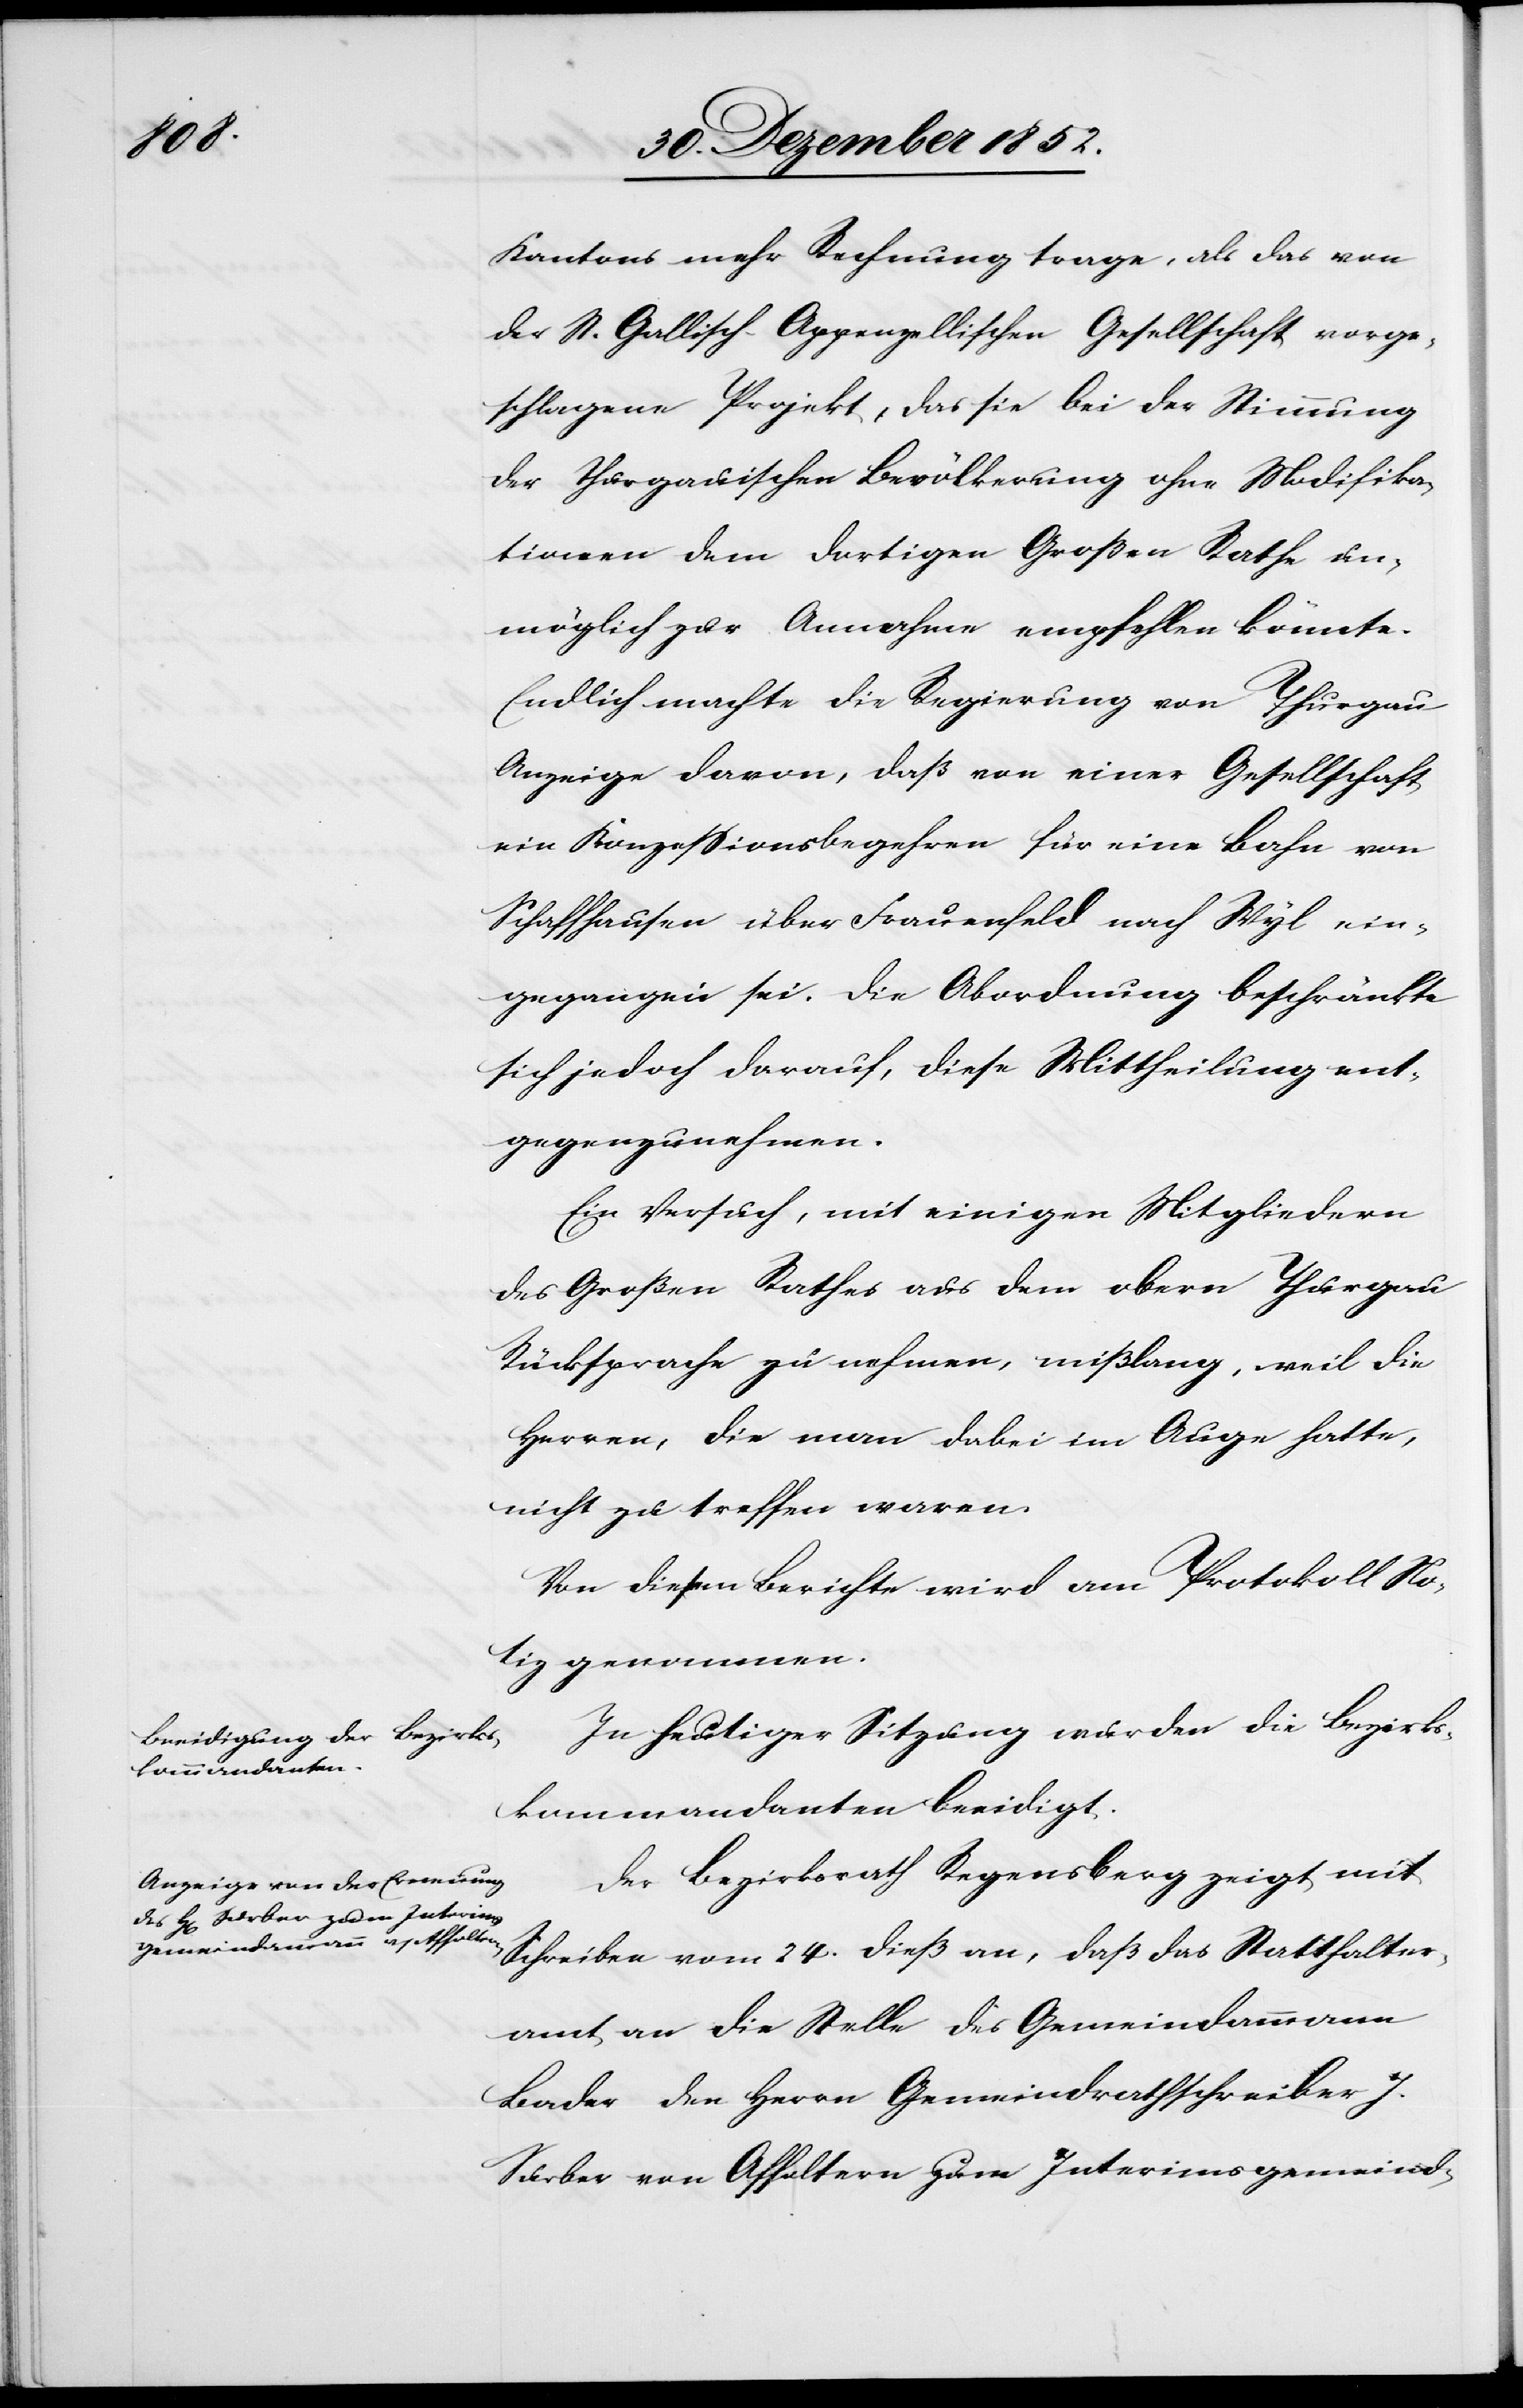
Kantons mehr Rechnung trage, als das von
der St. Gallisch-Appenzellischen Gesellschaft vorge¬
schlagene Projekt, das sie bei der Stimmung
der thurgauischen Bevölkerung ohne Modifika¬
tionen dem dortigen Großen Rathe un¬
möglich zur Annahme empfehlen könnte.
Endlich machte die Regierung von Thurgau
Anzeige davon, daß von einer Gesellschaft
ein Konzessionsbegehren für eine Bahn von
Schaffhausen über Frauenfeld nach Wyl ein¬
gegangen sei. Die Abordnung beschränkte
sich jedoch darauf, diese Mittheilung ent¬
gegenzunehmen.
Ein Versuch, mit einigen Mitgliedern
des Großen Rathes aus dem obern Thurgau
Rücksprache zu nehmen, mißlang, weil die
Herren, die man dabei im Auge hatte,
nicht zu treffen waren.
Von diesem Berichte wird am Protokoll No¬
tiz genommen.
In heutiger Sitzung wurden die Bezirks¬
kommandanten beeidigt.
Der Bezirksrath Regensberg zeigt mit
Schreiben vom 24. dieß an, daß das Statthalter¬
amt an die Stelle des Gemeindammann
Bader den Herrn Gemeindrathschreiber J.
Surber von Affoltern zum Interimsgemeind-